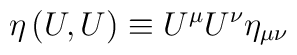
\eta\left(U,U\right) \equiv U^\mu U^\nu \eta_{\mu\nu}